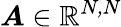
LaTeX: \boldsymbol{A}\in\mathbb{R}^{\textit{N,N}}